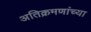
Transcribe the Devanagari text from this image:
अतिक्रमणांच्या